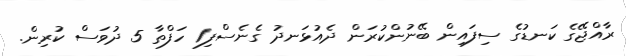
ރާއްޖޭގެ ކަނޑުގެ ސިފައިން ބޭނުންކުރަން ދެއުޅަނދު ގެނެސްފި1 ހަފްތާ 5 ދުވަސް ކުރިން.